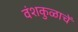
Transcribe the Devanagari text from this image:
वंशकुळाचें